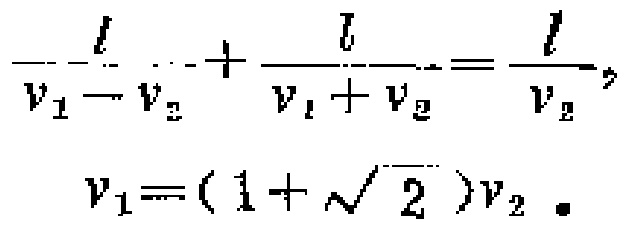
\(\frac{l}{v_{1}-v_{2}}+\frac{l}{v_{1}+v_{2}}=\frac{l}{v_{2}},\)

\(v_{1}=(1 + \sqrt{2})v_{2}.\)